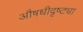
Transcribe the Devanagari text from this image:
औषधीदृष्ट्या